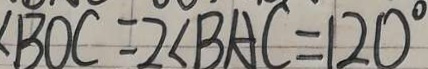
\angle B O C = 2 \angle B A C = 1 2 0 ^ { \circ }